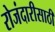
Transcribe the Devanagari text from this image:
रोजंदारीसाठी